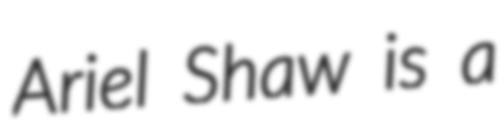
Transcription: Ariel Shaw is a